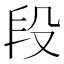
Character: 段